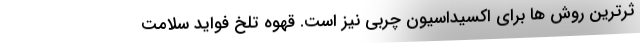
ثرترین روش ها برای اکسیداسیون چربی نیز است. قهوه تلخ فواید سلامت